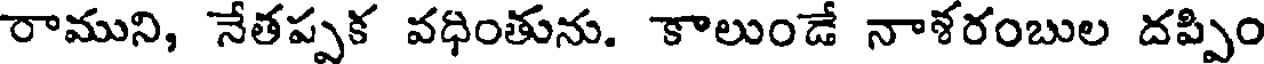
రాముని, నేతప్పక వధింతును. కాలుండే నాళరంబుల దప్పిం